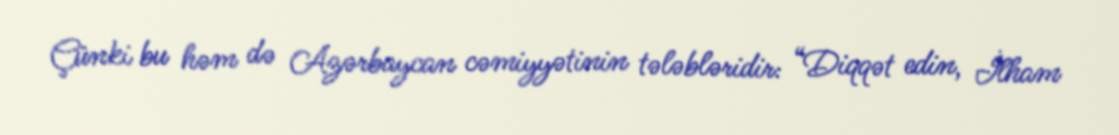
Çünki bu həm də Azərbaycan cəmiyyətinin tələbləridir: “Diqqət edin, İlham